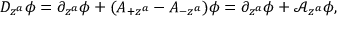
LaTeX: D _ { z ^ { a } } \phi = \partial _ { z ^ { a } } \phi + ( A _ { + z ^ { a } } - A _ { - z ^ { a } } ) \phi = \partial _ { z ^ { a } } \phi + \mathcal { A } _ { z ^ { a } } \phi ,